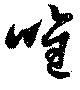
唯